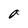
Character: a